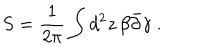
S = \frac { 1 } { 2 \pi } \int d ^ { 2 } z \, \beta \bar { \partial } \gamma \ .